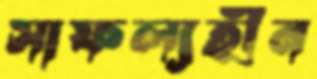
সাফল্যহীন